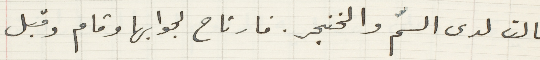
قالت لدى السمّ والخنجر. فارتاح لجوابها وقام وقبل